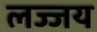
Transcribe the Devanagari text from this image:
लज्जय